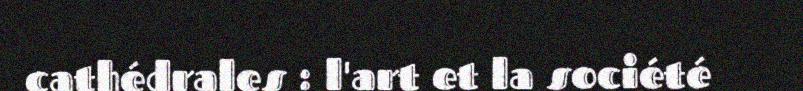
cathédrales : l'art et la société